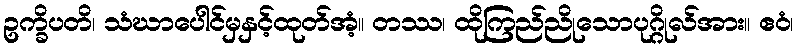
ဥက္ခိပတိ၊ သံဃာပေါင်မှနှင့်ထုတ်အံ့။ တဿ၊ ထိုကြည်ညိုသောပုဂ္ဂိုလ်အား။ ဧဝံ၊